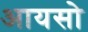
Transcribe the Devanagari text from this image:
आयसो